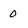
Character: 0